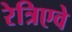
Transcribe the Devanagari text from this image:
रेत्रिएवे